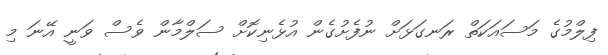
ފިލްމުގެ މަސައަކަތް ރަނގަޅަށް ނުފެށުގެން އުޅެނިކޮށް ސަލްމާން ވެސް ވަނީ އޭނަ މި